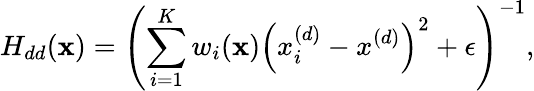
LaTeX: H_{dd}(\mathbf{x})=\left(\sum_{i=1}^{K}w_{i}(\mathbf{x})\left(x_{i}^{(d)}-x^{(d)}\right)^{2}+\epsilon\right)^{-1},